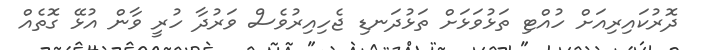
ދޮރުކައިރިއަށް ހުއްޓި ތަޅުވަޅަށް ތަޅުދަނޑި ޖެހިއިރުވެސް ވަރުދާ ހުރީ ވާން އުޅޭ ގޮތެއް